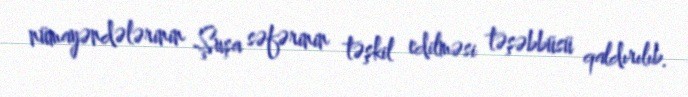
nümayəndələrinin Şuşa səfərinin təşkil edilməsi təşəbbüsü qaldırılıb.